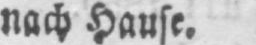
nach Hause.